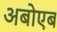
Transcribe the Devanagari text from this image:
अबोएब